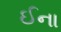
ઈના